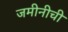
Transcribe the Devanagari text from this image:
जमीनीची